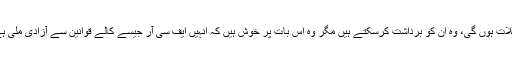
قبائلی اضلاع کے عام شہریوں کا کہنا ہے کہ ابتداء میں جتنی بھی مشکلات ہوں گی، وہ ان کو برداشت کرسکتے ہیں مگر وہ اس بات پر خوش ہیں کہ انہیں ایف سی آر جیسے کالے قوانین سے آزادی ملی ہے اور اب وہ عدالت کے ذریعے اپنے حق کے لیے آواز اُٹھا سکتے ہیں۔